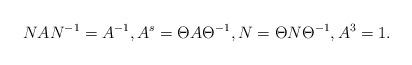
LaTeX: \begin{align*} NAN^{-1} = A^{-1}, A^s = \Theta A \Theta^{-1}, N = \Theta N \Theta^{-1}, A^3 = 1. \end{align*}